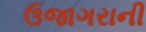
ઉજાગરાની